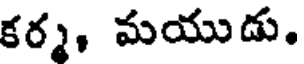
కర్మ, మయుడు.